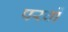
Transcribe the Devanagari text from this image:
परवों